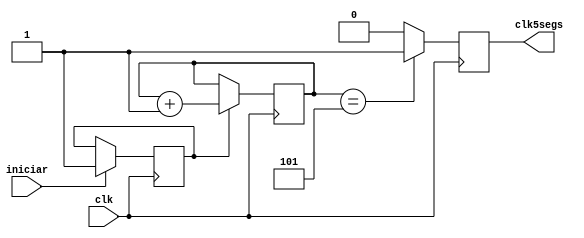
module timeOut5segs (
	input clk,
	input iniciar,
	output reg clk5segs
	);
	
	reg [2:0] contar;
	reg iniciou;
	
	always @ (posedge clk) begin
		if (clk5segs) begin
			clk5segs <= 0;
		end
		if(iniciar)
			iniciou <=1;
		if(iniciou)
			contar <= contar + 1;
		if (contar == 3'b101) begin 	// contar ate 5
			clk5segs <= 1;
		end 
	end 
endmodule